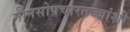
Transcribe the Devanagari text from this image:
मानसोपचारतज्ज्ञांशी